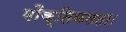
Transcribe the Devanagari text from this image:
मौक्तिकलता।